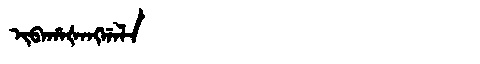
Manchu: ᡳᠪᠠᡥᠠᡧᠠᠩᡤᠠᠯᠠ
Romanization: IBAHAŠANGGALA